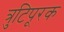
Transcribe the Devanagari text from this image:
त्रुटिपूरक